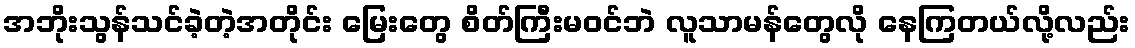
အဘိုးသွန်သင်ခဲ့တဲ့အတိုင်း မြေးတွေ စိတ်ကြီးမဝင်ဘဲ လူသာမန်တွေလို နေကြတယ်လို့လည်း